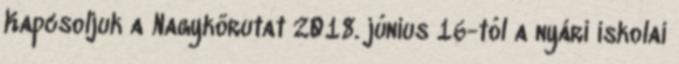
Kapcsoljuk a Nagykörutat 2018. június 16-tól a nyári iskolai